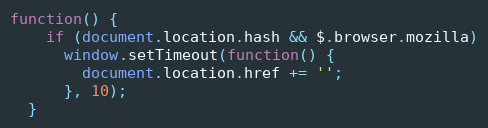
Language: JavaScript
function() {
    if (document.location.hash && $.browser.mozilla)
      window.setTimeout(function() {
        document.location.href += '';
      }, 10);
  }